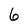
Character: 6